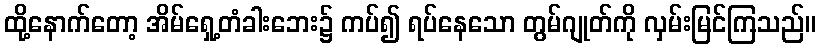
ထို့နောက်တော့ အိမ်ရှေ့တံခါးဘေး၌ ကပ်၍ ရပ်နေသော တွမ်ဂျုတ်ကို လှမ်းမြင်ကြသည်။